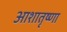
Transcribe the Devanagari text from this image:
आशातृष्णा